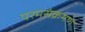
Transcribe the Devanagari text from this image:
परमसंक्रमण